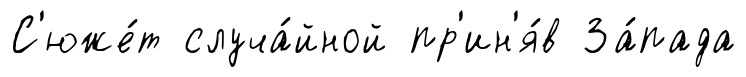
С'юже́т случа́йной пр'ин'я́в За́пада